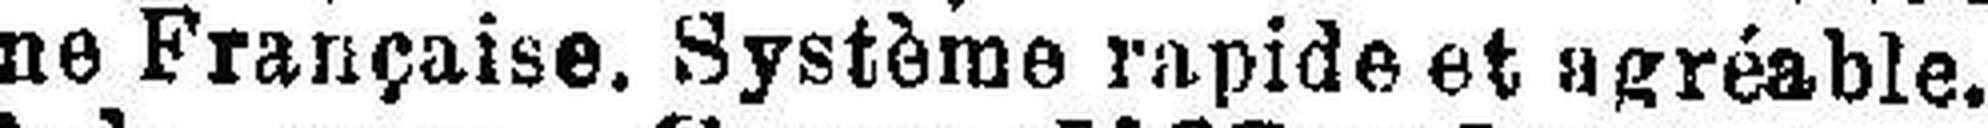
une Française. Système rapide et agréable.